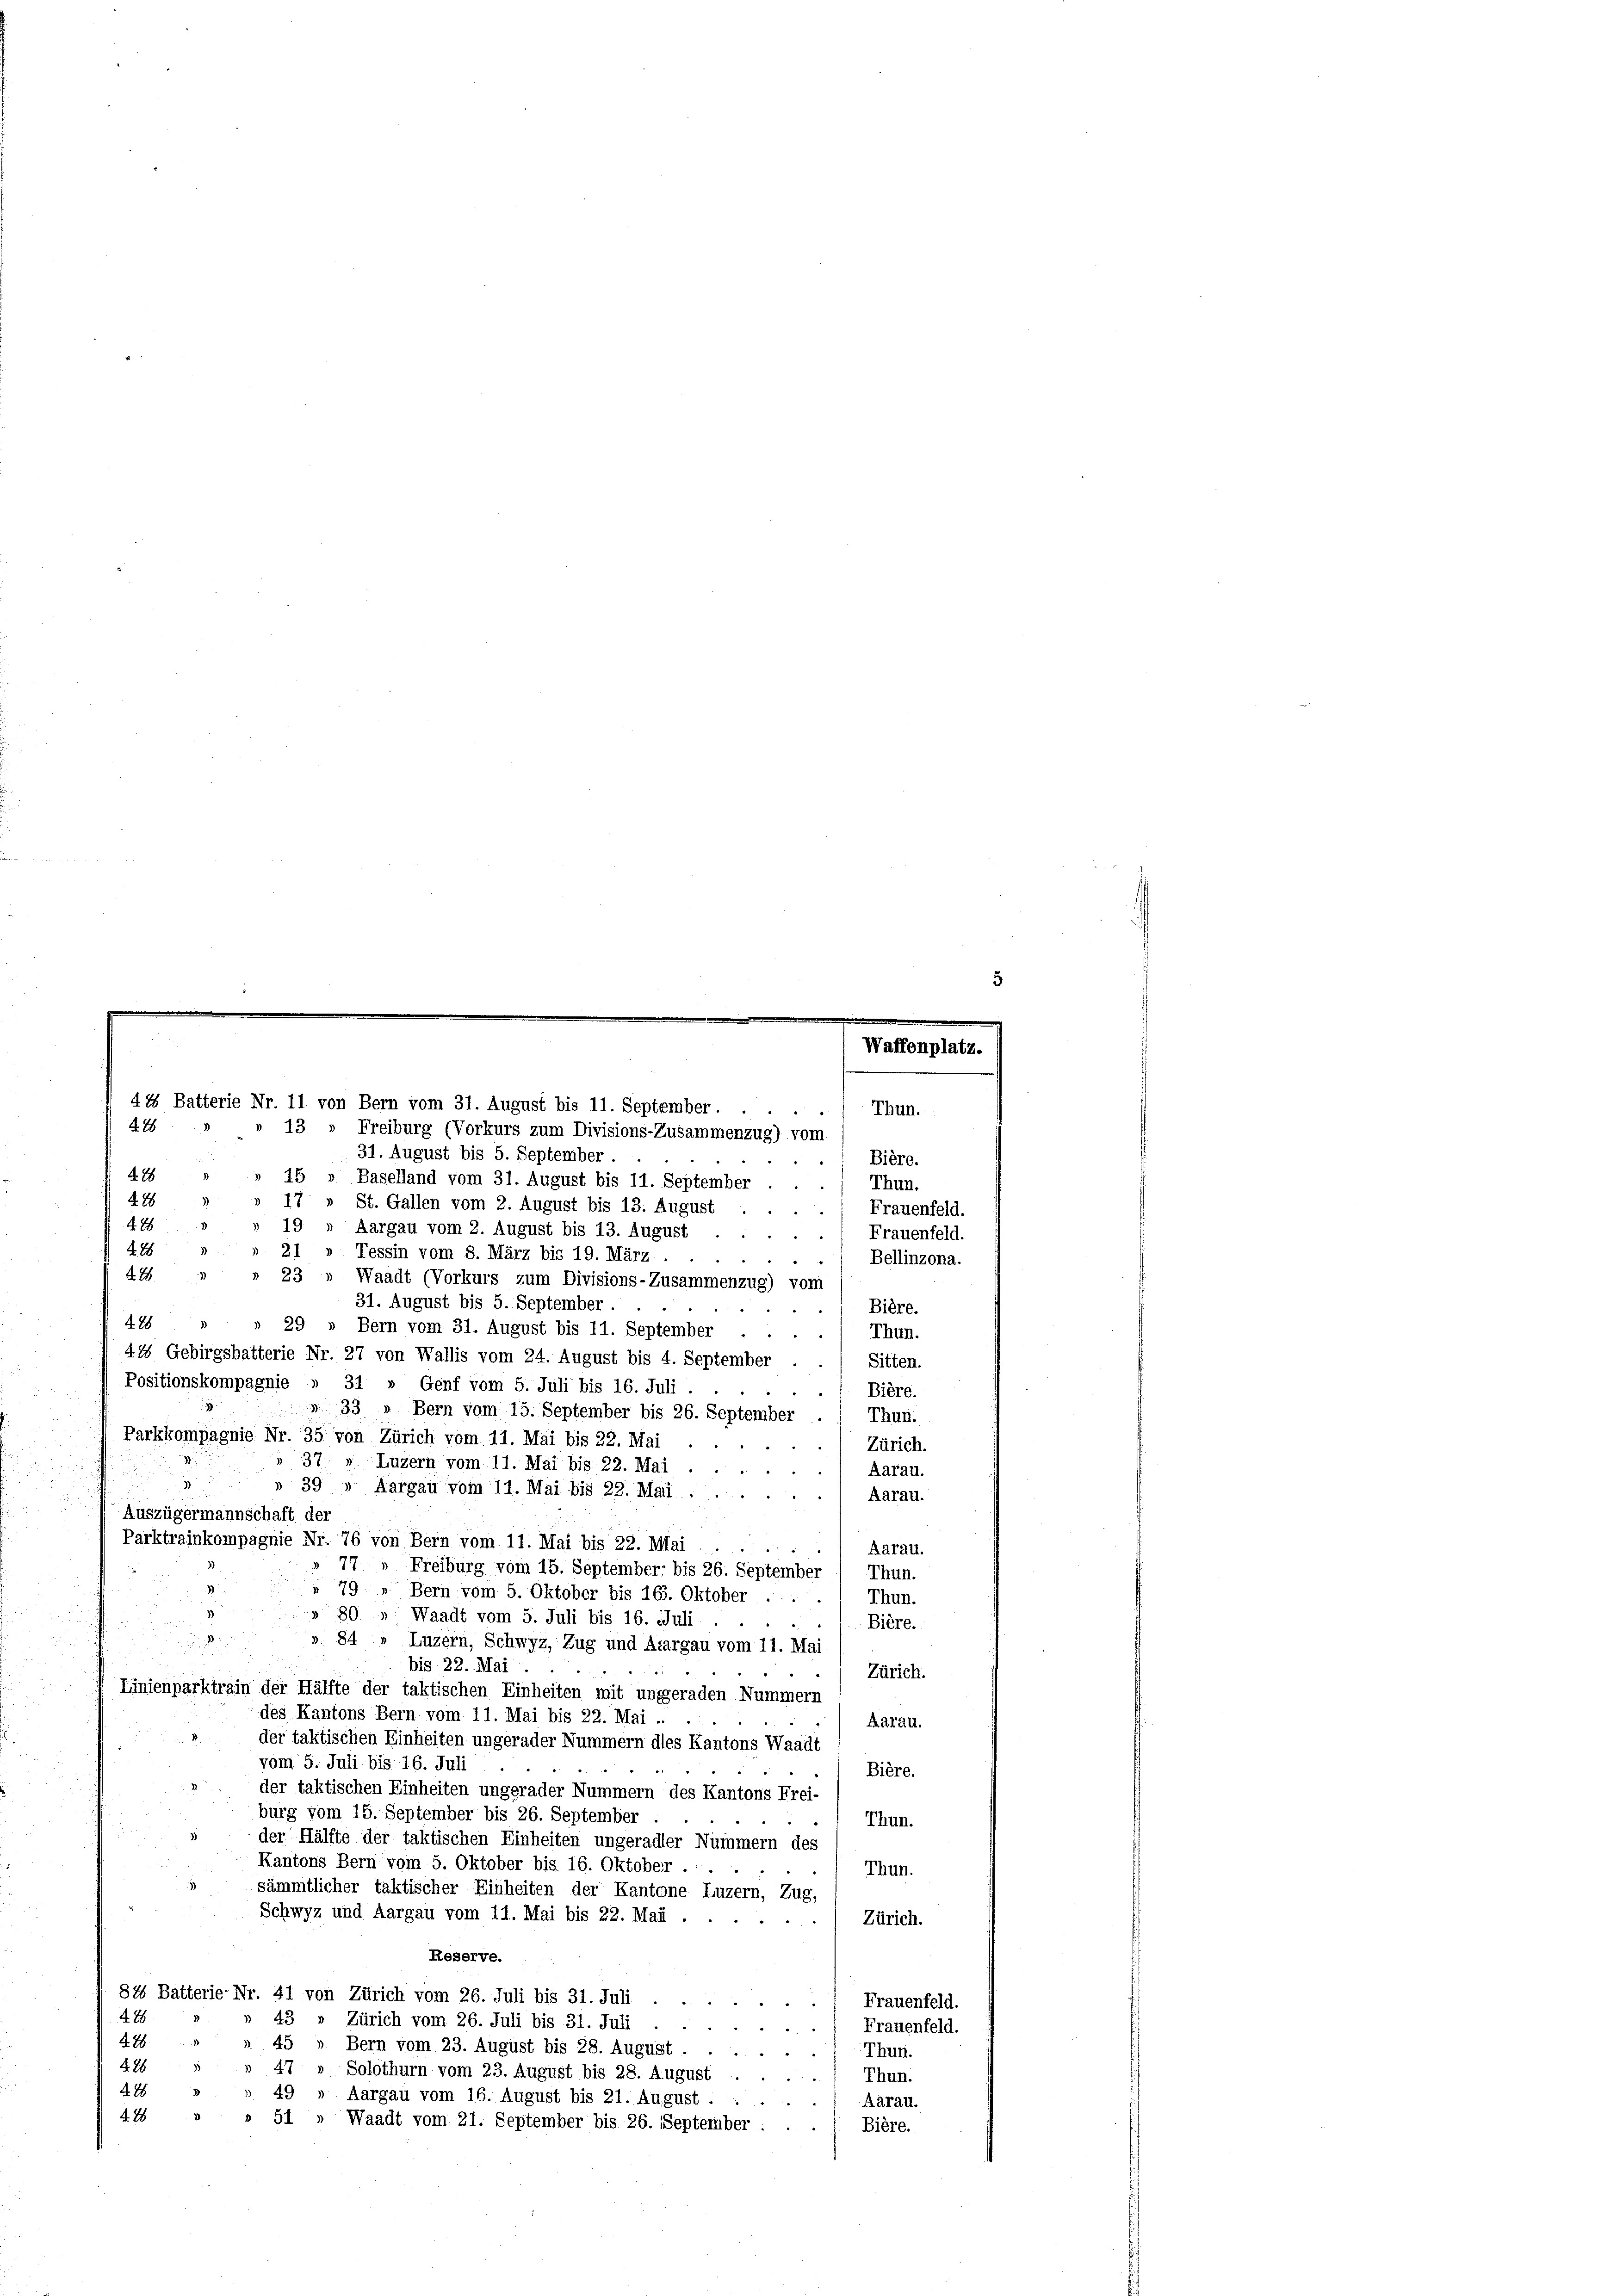
44 Batterie Nr. 11 von Bern vom 31. August bis 11. September.
226
13 " Freiburg (Vorkurs zum Divisions-Zusammenzug) vom

31. August bis 5. September.
Bière.
428
15 » Baselland vom 31. August bis 11. September
Thun.
428
17 St. Gallen vom 2. August bis 13. August
Frauenfeld.
488
19
Aargau vom 2. August bis 13. August
Frauenfeld.
276
21 » Tessin vom 8. März bis 19. März . . .
Bellinzona.
278
23 » Waadt (Vorkurs zum Divisions-Zusammenzug) vom
31. August bis 5. September.
Bière.
428 " " 29 » Bern vom 31. August bis 11. September
Thun.
41 Gebirgsbatterie Nr. 27 von Wallis vom 24. August bis 4. September ./ Sitten.
Positionskompagnie » 31 » Genf vom 5. Juli bis 16. Juli.
1 Bière.
 33 » Bern vom 15. September bis 26. September
Thun.
Parkkompagnie Nr. 35 von Zürich vom 11. Mai bis 22. Mai
Zürich.
37: » Luzern vom 11. Mai bis 22. Mai.
Aarau.
39
Aargau vom 11. Mai bis 22. Mari.
Aarau.
Auszügermannschaft der
Parktrainkompagnie Nr. 76 von Bern vom 11. Mai bis 22. Mai .....
Aarau.
§ 77
Freiburg vom 15. September, bis 26. September
Thun.
 79. Bern vom 5. Oktober bis 16. Oktober ....
Thun.
80
Waadt vom 5. Juli bis 16. Juli.
Bière.
». 84, Luzern, Schwyz, Zug und Aargau vom 11. Mai
bis 22. Mai
Zürich.
Linienparktrain der Hälfte der taktischen Einheiten mit ungeraden Nummern
des Kantons Bern vom 11. Mai bis 22. Mai ..
Aarau.
der taktischen Einheiten ungerader Nummern dies Kantons Waadt
vom 5. Juli bis 16. Juli
Bière.
der taktischen Einheiten ungerader Nummern des Kantons Frei-
burg vom 15. September bis 26. September
Thun.
der Hälfte der taktischen Einheiten ungeradler Nummern des
Kantons Bern vom 5. Oktober bis 16. Oktober.
Thun.
sämmtlicher taktischer Einheiten der Kantone Luzern, Zug,
Schwyz und Aargau vom 11. Mai bis 22. Mai
Zürich.
Reserve.
84 Batterie-Nr. 41 von Zürich vom 26. Juli bis 31. Juli . . .
Frauenfeld.
3
488
43 » Zürich vom 26. Juli bis 31. Juli
Frauenfeld.
428.
45 » Bern vom 23. August bis 28. August ....
Thun.
4261
4.7.
Solothurn vom 23. August bis 28. August
Thun.
428
49 » Aargau vom 16. August bis 21. August.
Aarau.
2. 78
51 » Waadt vom 21. September bis 26. September.
Bière.

Thun.